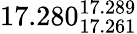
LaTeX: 17.280_{17.261}^{17.289}